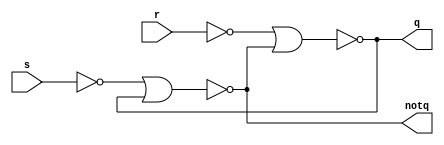
module srlatch(
  input s,
  input r,
  output q,
  output notq
);

assign q=~(~r|notq);
assign notq=~(~s|q);
  
  
endmodule